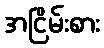
အငြိမ်းစား